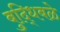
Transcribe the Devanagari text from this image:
बुद्धिबळे